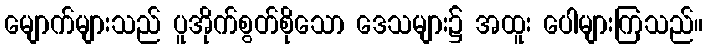
မျောက်များသည် ပူအိုက်စွတ်စိုသော ဒေသများ၌ အထူး ပေါများကြသည်။